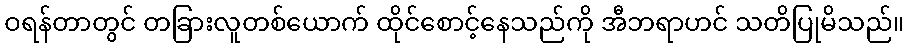
ဝရန်တာတွင် တခြားလူတစ်ယောက် ထိုင်စောင့်နေသည်ကို အီဘရာဟင် သတိပြုမိသည်။